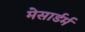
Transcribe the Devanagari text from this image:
मेसार्डर्म